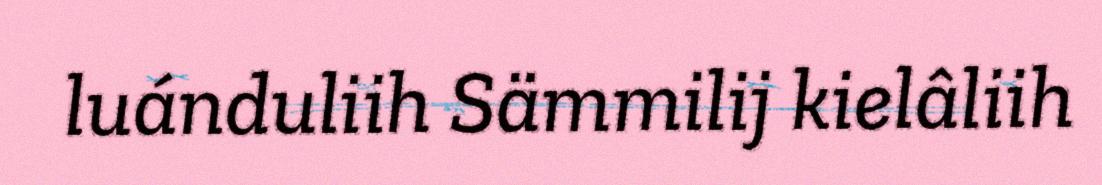
luánduliih Sämmilij kielâliih